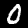
Digit: 0